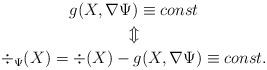
LaTeX: \begin{gather*}g(X,\nabla \Psi) \equiv const\\\Updownarrow\\\div_\Psi(X)=\div(X)-g(X,\nabla \Psi)\equiv const.\end{gather*}